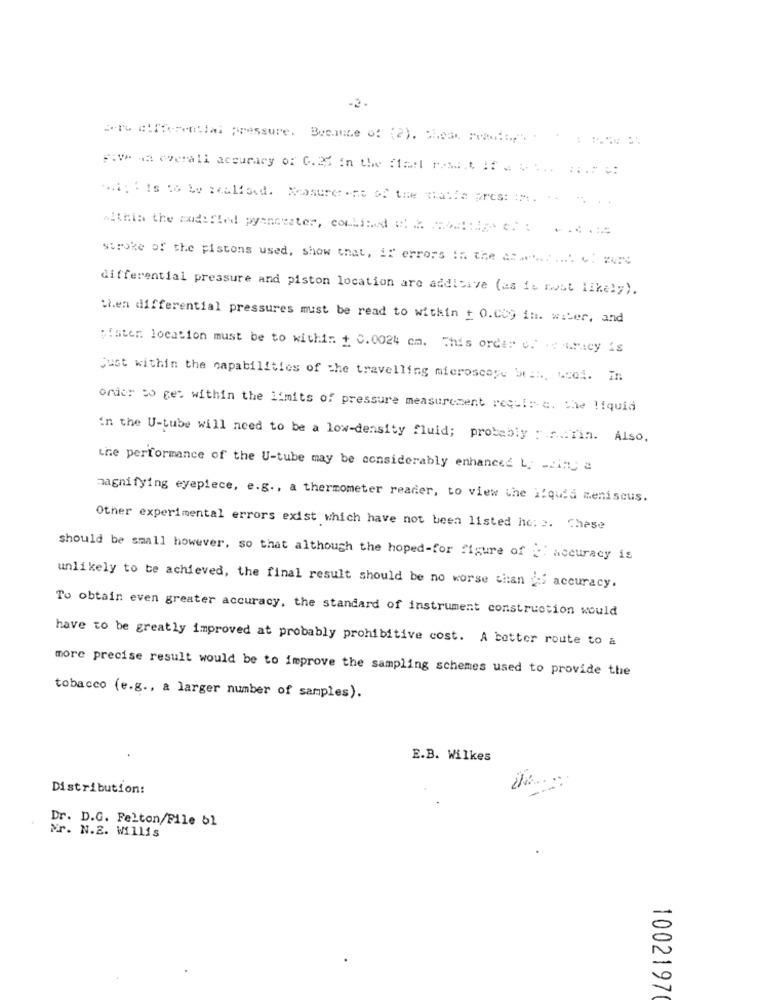
Five Ha overall accuracy of 0.33 in the ftar rosa.t. If . . ... .. .. ₺:
within the audi !! ed pyanotater, conli: d = = ==!:-... . ...
stroke of the pistons used, show that, if errors in the coch 61 2076
differential pressure and piston location are additive (as is most likely).
then differential pressures must be read to within + 0.0kg in. water, and
Water location must be to within + 0.0024 cm. This order u. . uricy is
Sust within the capabilities of the travelling microscope bra :., 4coi. In
order 20 ges within the limits of pressure measurement requis-c. the liquid
in the U-tube will need to be a low-density fluid; probably : n Tin. Also,
the performance of the U-tube may be considerably enhanced L. - in a
magnifying eyepiece, e.g ., a thermometer reader, to view the liquid meniscus.
Other experimental errors exist which have not been listed ho: s. Chase
should be small however, so that although the hoped-for figure of _: accuracy is
unlikely to be achieved, the final result should be no worse than jes accuracy.
To obtain even greater accuracy, the standard of instrument construction would
have to be greatly improved at probably prohibitive cost. A better route to a
more precise result would be to improve the sampling schemes used to provide the
tobacco (e.g ., a larger number of samples).
E.B. Wilkes
Distribution:
Dr. D.G. Felton/File 51
Mr. N.E. Willis
1002197